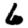
Digit: 6